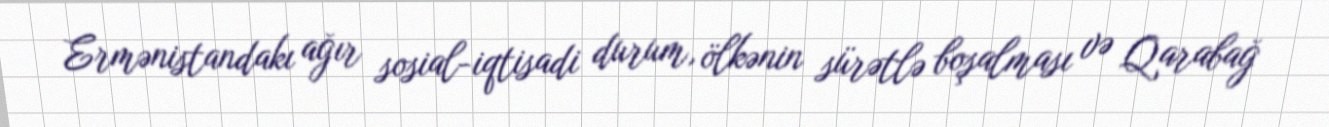
Ermənistandakı ağır sosial-iqtisadi durum, ölkənin sürətlə boşalması və Qarabağ